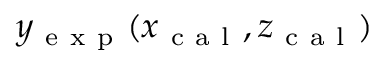
y _ { \mathrm { ~ e ~ x ~ p ~ } } ( x _ { \mathrm { ~ c ~ a ~ l ~ } } , z _ { \mathrm { ~ c ~ a ~ l ~ } } )